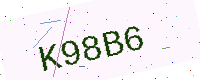
Text: K98B6